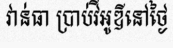
វាន់ធា ប្រាប់វីអូឌីនៅថ្ងៃ